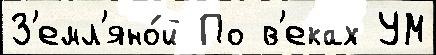
З'емл'яно́й По в'еках УМ